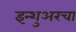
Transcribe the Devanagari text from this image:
इन्‍शुअरचा